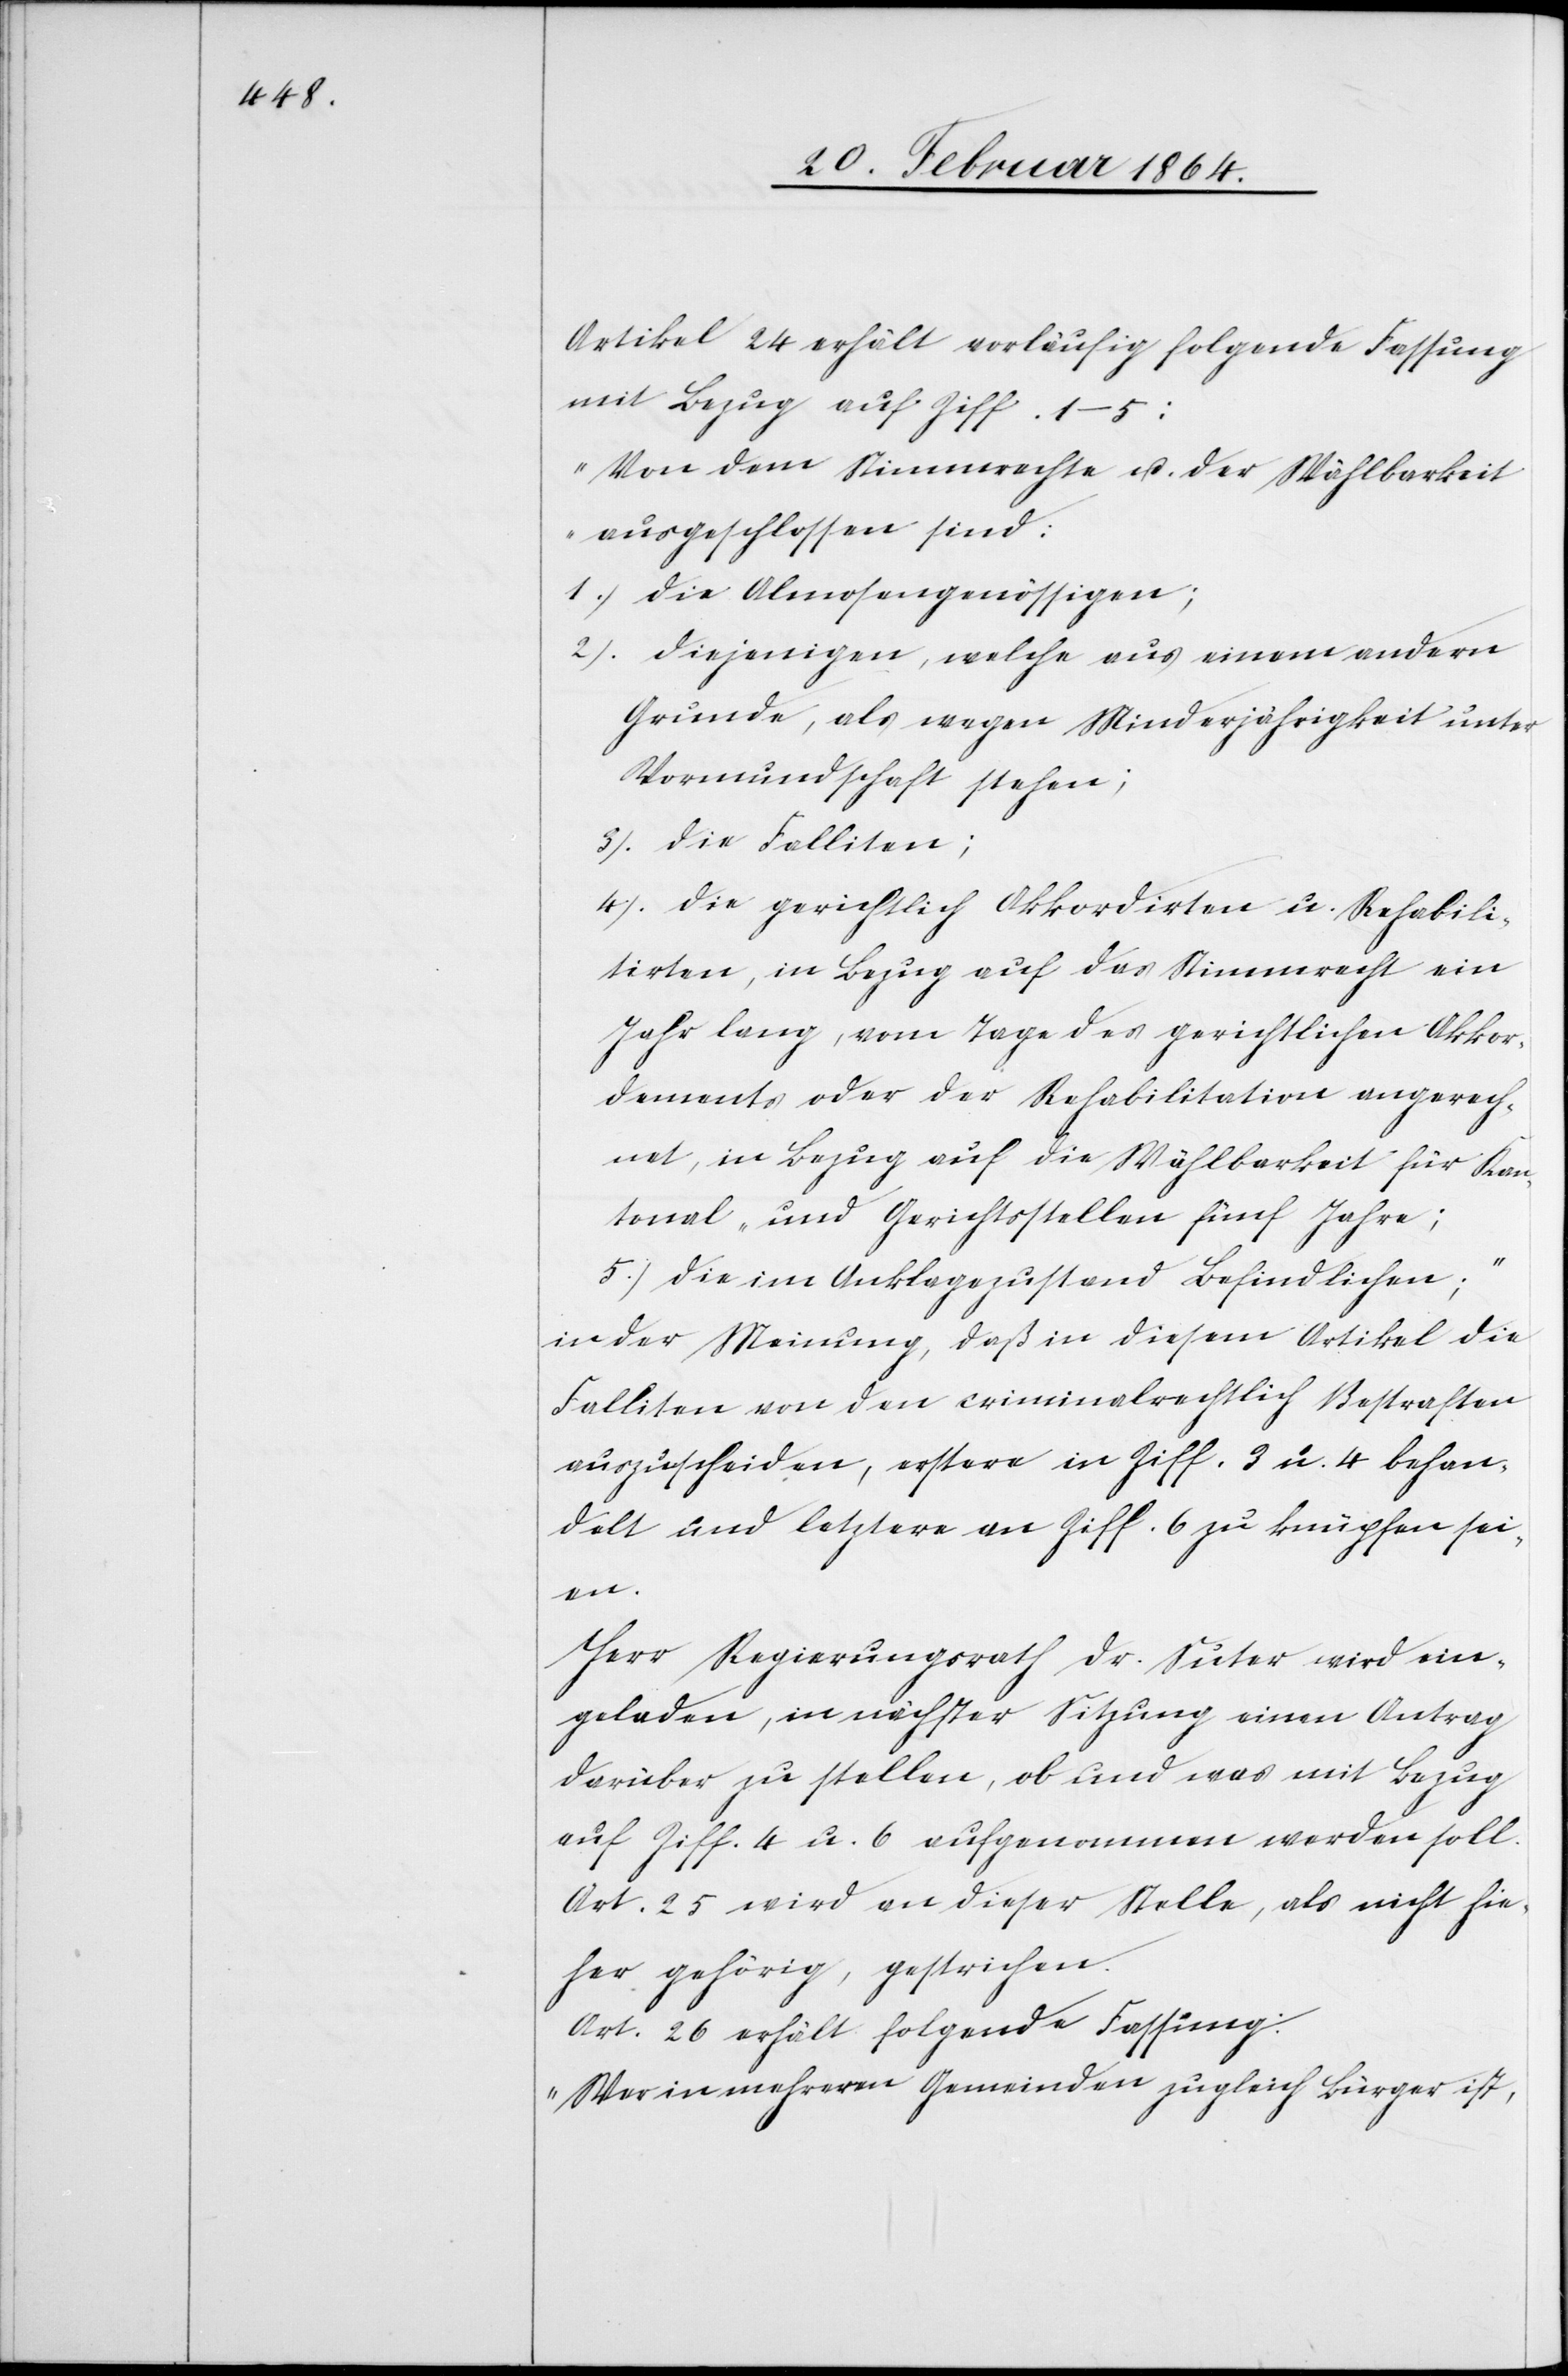
Artikel 24 erhält vorläufig folgende Fassung
mit Bezug auf Ziff. 1–5:
„Von dem Stimmrechte u. der Wählbarkeit
ausgeschlossen sind:
Die Almosengenössigen;
Diejenigen, welche aus einem andern
Grunde, als wegen Minderjährigkeit unter
Vormundschaft stehen;
Die Falliten;
Die gerichtlich Akkordirten u. Rehabili¬
tirten, in Bezug auf das Stimmrecht ein
Jahr lang, vom Tage des gerichtlichen Akkor¬
dements oder der Rehabilitation angerech¬
net, in Bezug auf die Wählbarkeit für Kan¬
tonal- und Gerichtsstellen fünf Jahre;
Die im Anklagezustand Befindlichen;“
in der Meinung, daß in diesem Artikel die
Falliten von den criminalrechtlich Bestraften
auszuscheiden, erstere in Ziff. 3. u. 4 behan¬
delt und letztere an Ziff. 6 zu knüpfen seien.
Herr Regierungsrath Dr. Suter wird ein¬
geladen, in nächster Sitzung einen Antrag
darüber zu stellen, ob und was mit Bezug
auf Ziff. 4 u. 6. aufgenommen werden soll.
Art. 25 wird an dieser Stelle als nicht hie¬
her gehörig gestrichen.
Art. 26 erhält folgende Fassung:
„Wer in mehreren Gemeinden zugleich Bürger ist,